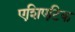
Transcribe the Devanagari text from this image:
एशिएटिक